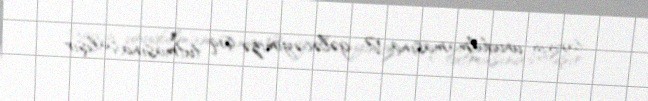
tarixin unudulmamasına və gələcəyimizə işıq tutmasına çalışır.